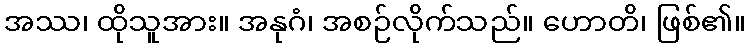
အဿ၊ ထိုသူအား။ အနုဂံ၊ အစဉ်လိုက်သည်။ ဟောတိ၊ ဖြစ်၏။